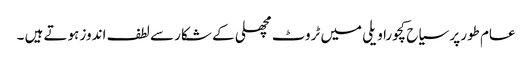
عام طور پر سیاح کچورا ویلی میں ٹروٹ مچھلی کے شکار سے لطف اندوز ہوتے ہیں ۔